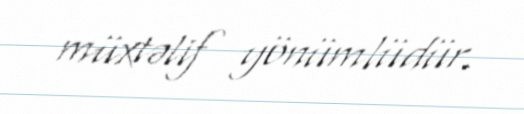
müxtəlif yönümlüdür.